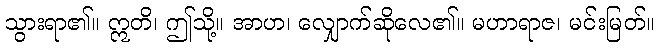
သွားရာ၏။ ဣတိ၊ ဤသို့။ အာဟ၊ လျှောက်ဆိုလေ၏။ မဟာရာဇ၊ မင်းမြတ်။